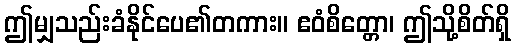
ဤမျှသည်းခံနိုင်ပေ၏တကား။ ဧဝံစိတ္တော၊ ဤသို့စိတ်ရှိ